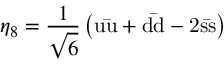
\eta _ { 8 } = { \frac { 1 } { \sqrt { 6 } } } \left( \mathrm { u { \bar { u } } + d { \bar { d } } - 2 s { \bar { s } } } \right)